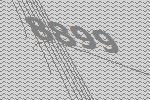
8899